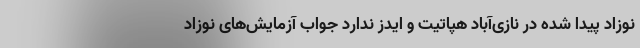
نوزاد پیدا شده در نازی‌آباد هپاتیت و ایدز ندارد جواب آزمایش‌های نوزاد